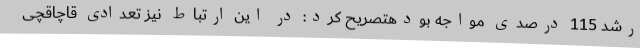
رشد 115 درصدی مواجه بودهتصریح کرد: در این ارتباط نیز تعدادی قاچاقچی